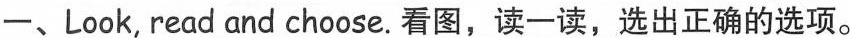
一、Look,read and choose.看图,读一读,选出正确的选项。